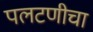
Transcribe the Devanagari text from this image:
पलटणीचा